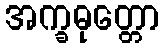
အက္ခဓုတ္တော